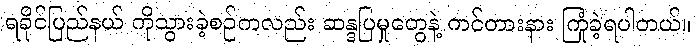
ရခိုင်ပြည်နယ် ကိုသွားခဲ့စဉ်ကလည်း ဆန္ဒပြမှုတွေနဲ့ ကင်တားနား ကြုံခဲ့ရပါတယ်။